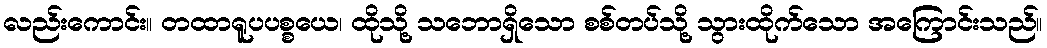
လည်းကောင်း။ တထာရူပပစ္စယေ၊ ထိုသို့ သဘောရှိသော စစ်တပ်သို့ သွားထိုက်သော အကြောင်းသည်။